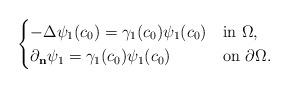
LaTeX: \begin{align*}\begin{cases}-\Delta \psi_1(c_0) = \gamma_1(c_0) \psi_1(c_0) & \mbox{in $\Omega$}, \\ \partial_{\mathbf{n}}\psi_1 = \gamma_1(c_0) \psi_1(c_0) & \mbox{on $\partial \Omega$}. \end{cases}\end{align*}